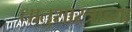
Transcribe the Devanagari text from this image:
धातुशास्त्राच्या